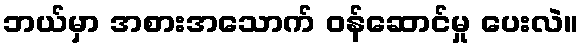
ဘယ်မှာ အစားအသောက် ဝန်ဆောင်မှု ပေးလဲ။